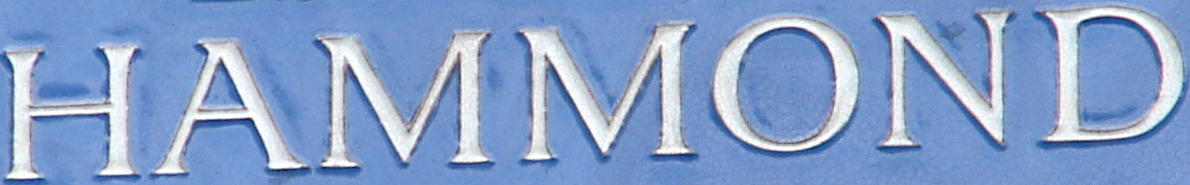
HAMMOND